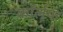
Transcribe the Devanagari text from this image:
कॉर्लफ